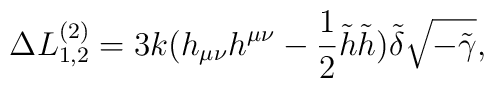
\Delta L^{(2)}_{1,2} = 3k (h_{\mu\nu} h^{\mu\nu} -\frac{1}{2} \tilde h  \tilde h) \tilde \delta \sqrt{-\tilde \gamma},